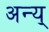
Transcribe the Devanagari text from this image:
अन्य्